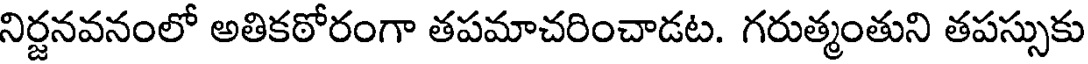
నిర్జనవనంలో అతికఠోరంగా తపమాచరించాడట. గరుత్మంతుని తపస్సుకు